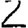
Digit: 2